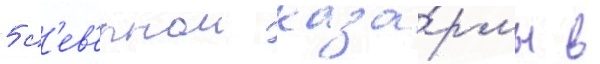
5 с'ев'ернои каза́рмы в